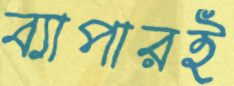
ব্যাপারই